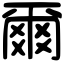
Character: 爾